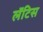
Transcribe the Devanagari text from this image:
लॅटिस